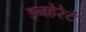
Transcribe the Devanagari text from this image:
इनहेरेटं